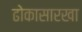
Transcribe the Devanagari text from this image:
ढोकासारखा